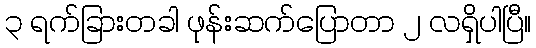
၃ ရက်ခြားတခါ ဖုန်းဆက်ပြောတာ ၂ လရှိပါပြီ။